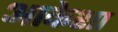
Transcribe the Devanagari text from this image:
आकेशा